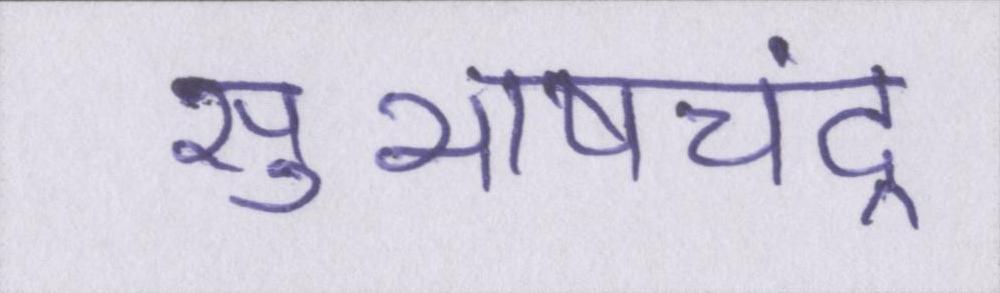
सुभाषचंद्र